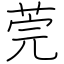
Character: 莞